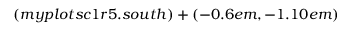
( m y p l o t s c 1 r 5 . s o u t h ) + ( - 0 . 6 e m , - 1 . 1 0 e m )